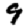
Digit: 9